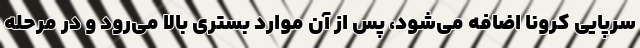
سرپایی کرونا اضافه می‌شود، پس از آن موارد بستری بالا می‌رود و در مرحله